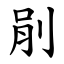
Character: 剈